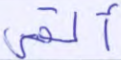
ألقي